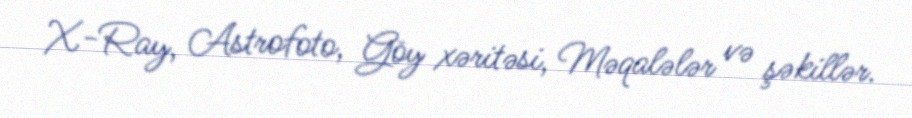
X-Ray, Astrofoto, Göy xəritəsi, Məqalələr və şəkillər.